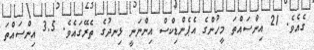
ގެއެވެ. 21 އިންސައްތަ މީހުންގެ އެޕެންޑިކްސް އިންނަނީ ޅިނދުގެ ތެރޭގައެވެ. 3.5 އިންސައްތަ